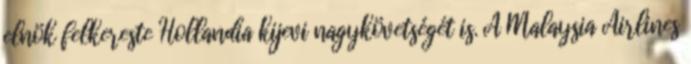
elnök felkereste Hollandia kijevi nagykövetségét is. A Malaysia Airlines